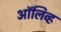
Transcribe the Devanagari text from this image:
अाॅलिव्ह